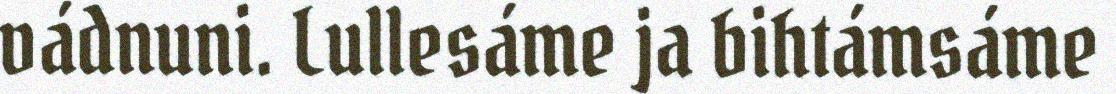
vádnuni. Lullesáme ja bihtámsáme